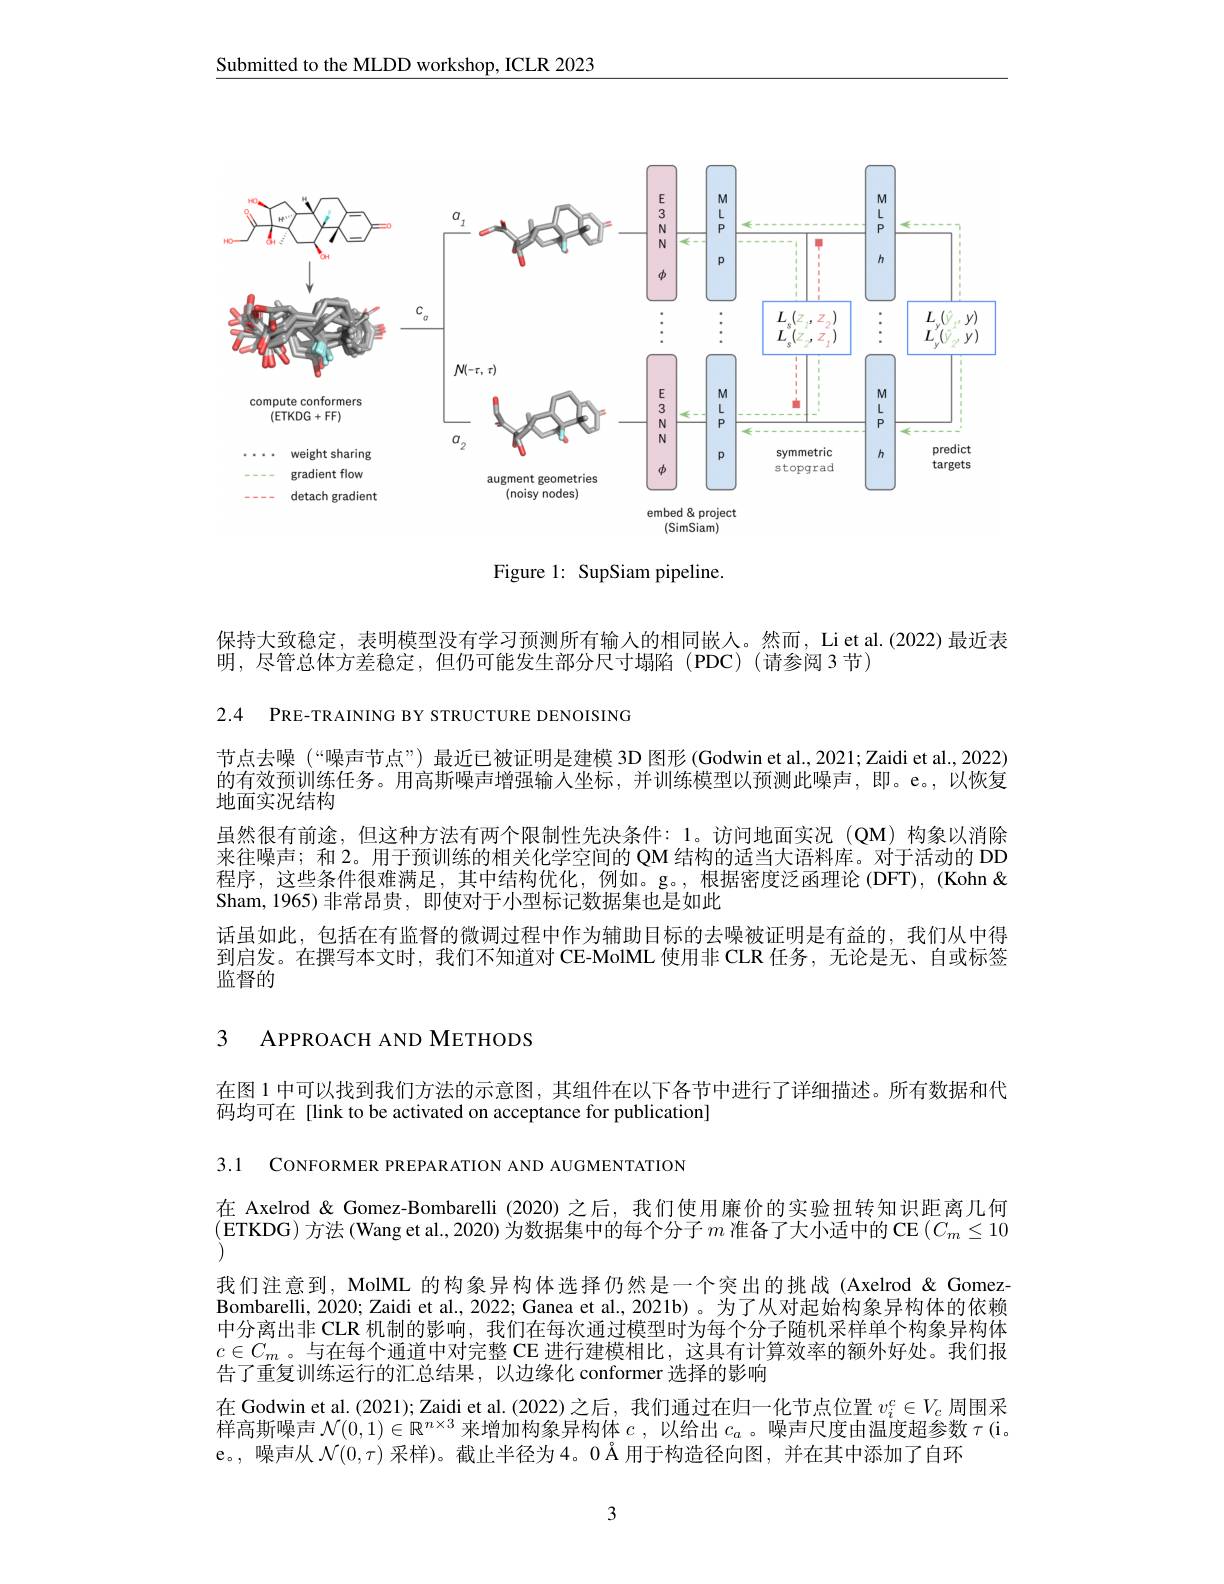
Submitted to the MLDD workshop, ICLR 2023

<FigureHere>

Figure 1: SupSiam pipeline.

保持大致稳定，表明模型没有学习预测所有输人的相同嵌人。然而，Li et al.(2022)最近表
明，尽管总体方差稳定，但仍可能发生部分尺寸塌陷(PDC)(请参阅 3 节)

2.4 PRE-TRAINING BY STRUCTURE DENOISING

节点去噪(“噪声节点”) 最近已被证明是建模 3D 图形 (Godwin et al., 2021; Zaidi et al., 2022) 的有效预训练任务。用高斯噪声增强输人坐标，并训练模型以预测此噪声，即。e。,以恢复地面实况结构
虽然很有前途，但这种方法有两个限制性先决条件：1。访问地面实况 (QM)构象以消除来往噪声；和 2。用于预训练的相关化学空间的 QM 结构的适当大语料库。对于活动的 DD 程序，这些条件很难满足，其中结构优化，例如。g。,根据密度泛函理论(DFT),(Kohn& Sham,1965)非常昂贵，即使对于小型标记数据集也是如此
话虽如此，包括在有监督的微调过程中作为辅助目标的去噪被证明是有益的，我们从中得到启发。在撰写本文时，我们不知道对 CE-MolML 使用非 CLR 任务，无论是无、自或标签监督的

## 3 APPROACH AND METHODS

在图 1 中可以找到我们方法的示意图，其组件在以下各节中进行了详细描述。所有数据和代
码均可在[link to be activated on acceptance for publication]

3.1 CONFORMER PREPAR ATION AND AUGMENTATION
在 Axelrod & Gomez-Bombarelli (2020) 之后，我们使用廉价的实验扭转知识距离几何(ETKDG)方法(Wang et al., 2020) 为数据集中的每个分子$m$准备了大小适中的 CE $(C_m\leq10$ 我们注意到，MolML 的构象异构体选择仍然是一个突出的挑战(Axelrod&GomezBombarelli, 2020; Zaidi et al., 2022; Ganea et al., 2021b) 。为了从对起始构象异构体的依赖中分离出非 CLR 机制的影响，我们在每次通过模型时为每个分子随机采样单个构象异构体$c\in C_m$ 。与在每个通道中对完整 CE 进行建模相比，这具有计算效率的额外好处。我们报告了重复训练运行的汇总结果，以边缘化 conformer 选择的影响
在 Godwin et al. (2021); Zaidi et al. (2022) 之后，我们通过在归一化节点位置$v_i^c\in V_c$周围采样高斯噪声$\mathcal{N}(0,1)\in\mathbb{R}^n\times3$来增加构象异构体。$c$,以给出$c_a$ 。噪声尺度由温度超参数$\tau($i。e。,噪声从$\mathcal{N}(0,\tau)$采样)。截止半径为 4。0 Å 用于构造径向图，并在其中添加了自环

3